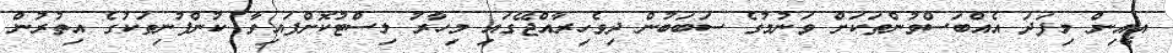
އީއިން މިފަދަ އެއްބަސްވުންތަކަށް ވަނުމުގެ ސަބަބުން ދިވެހިރާއްޖޭގައި މިހާރު ލިސްޓުކޮށްފައިވާ ކުންފުނިތަކުގެ އިތުރުން